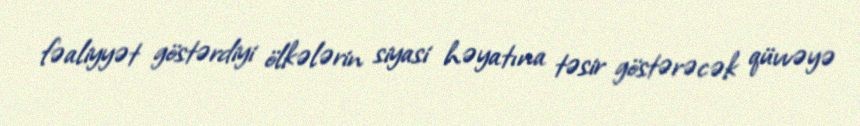
fəaliyyət göstərdiyi ölkələrin siyasi həyatına təsir göstərəcək qüvvəyə